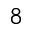
^ 8